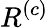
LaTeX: R^{(c)}